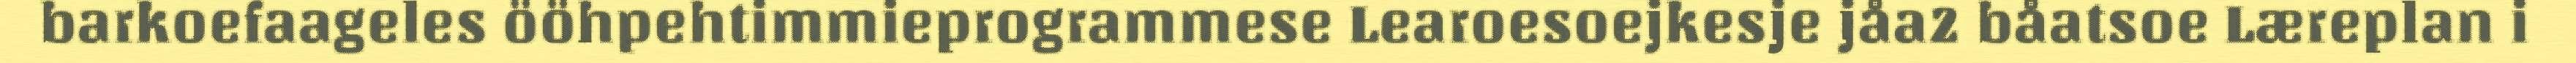
barkoefaageles ööhpehtimmieprogrammese Learoesoejkesje jåa2 båatsoe Læreplan i